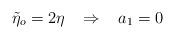
LaTeX: \begin{align*}\tilde{\eta}_{o}=2\eta\,\,\,\,\,\Rightarrow\,\,\,\,\, a_{1}=0\end{align*}